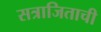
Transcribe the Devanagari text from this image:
सत्राजिताची